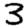
Digit: 3